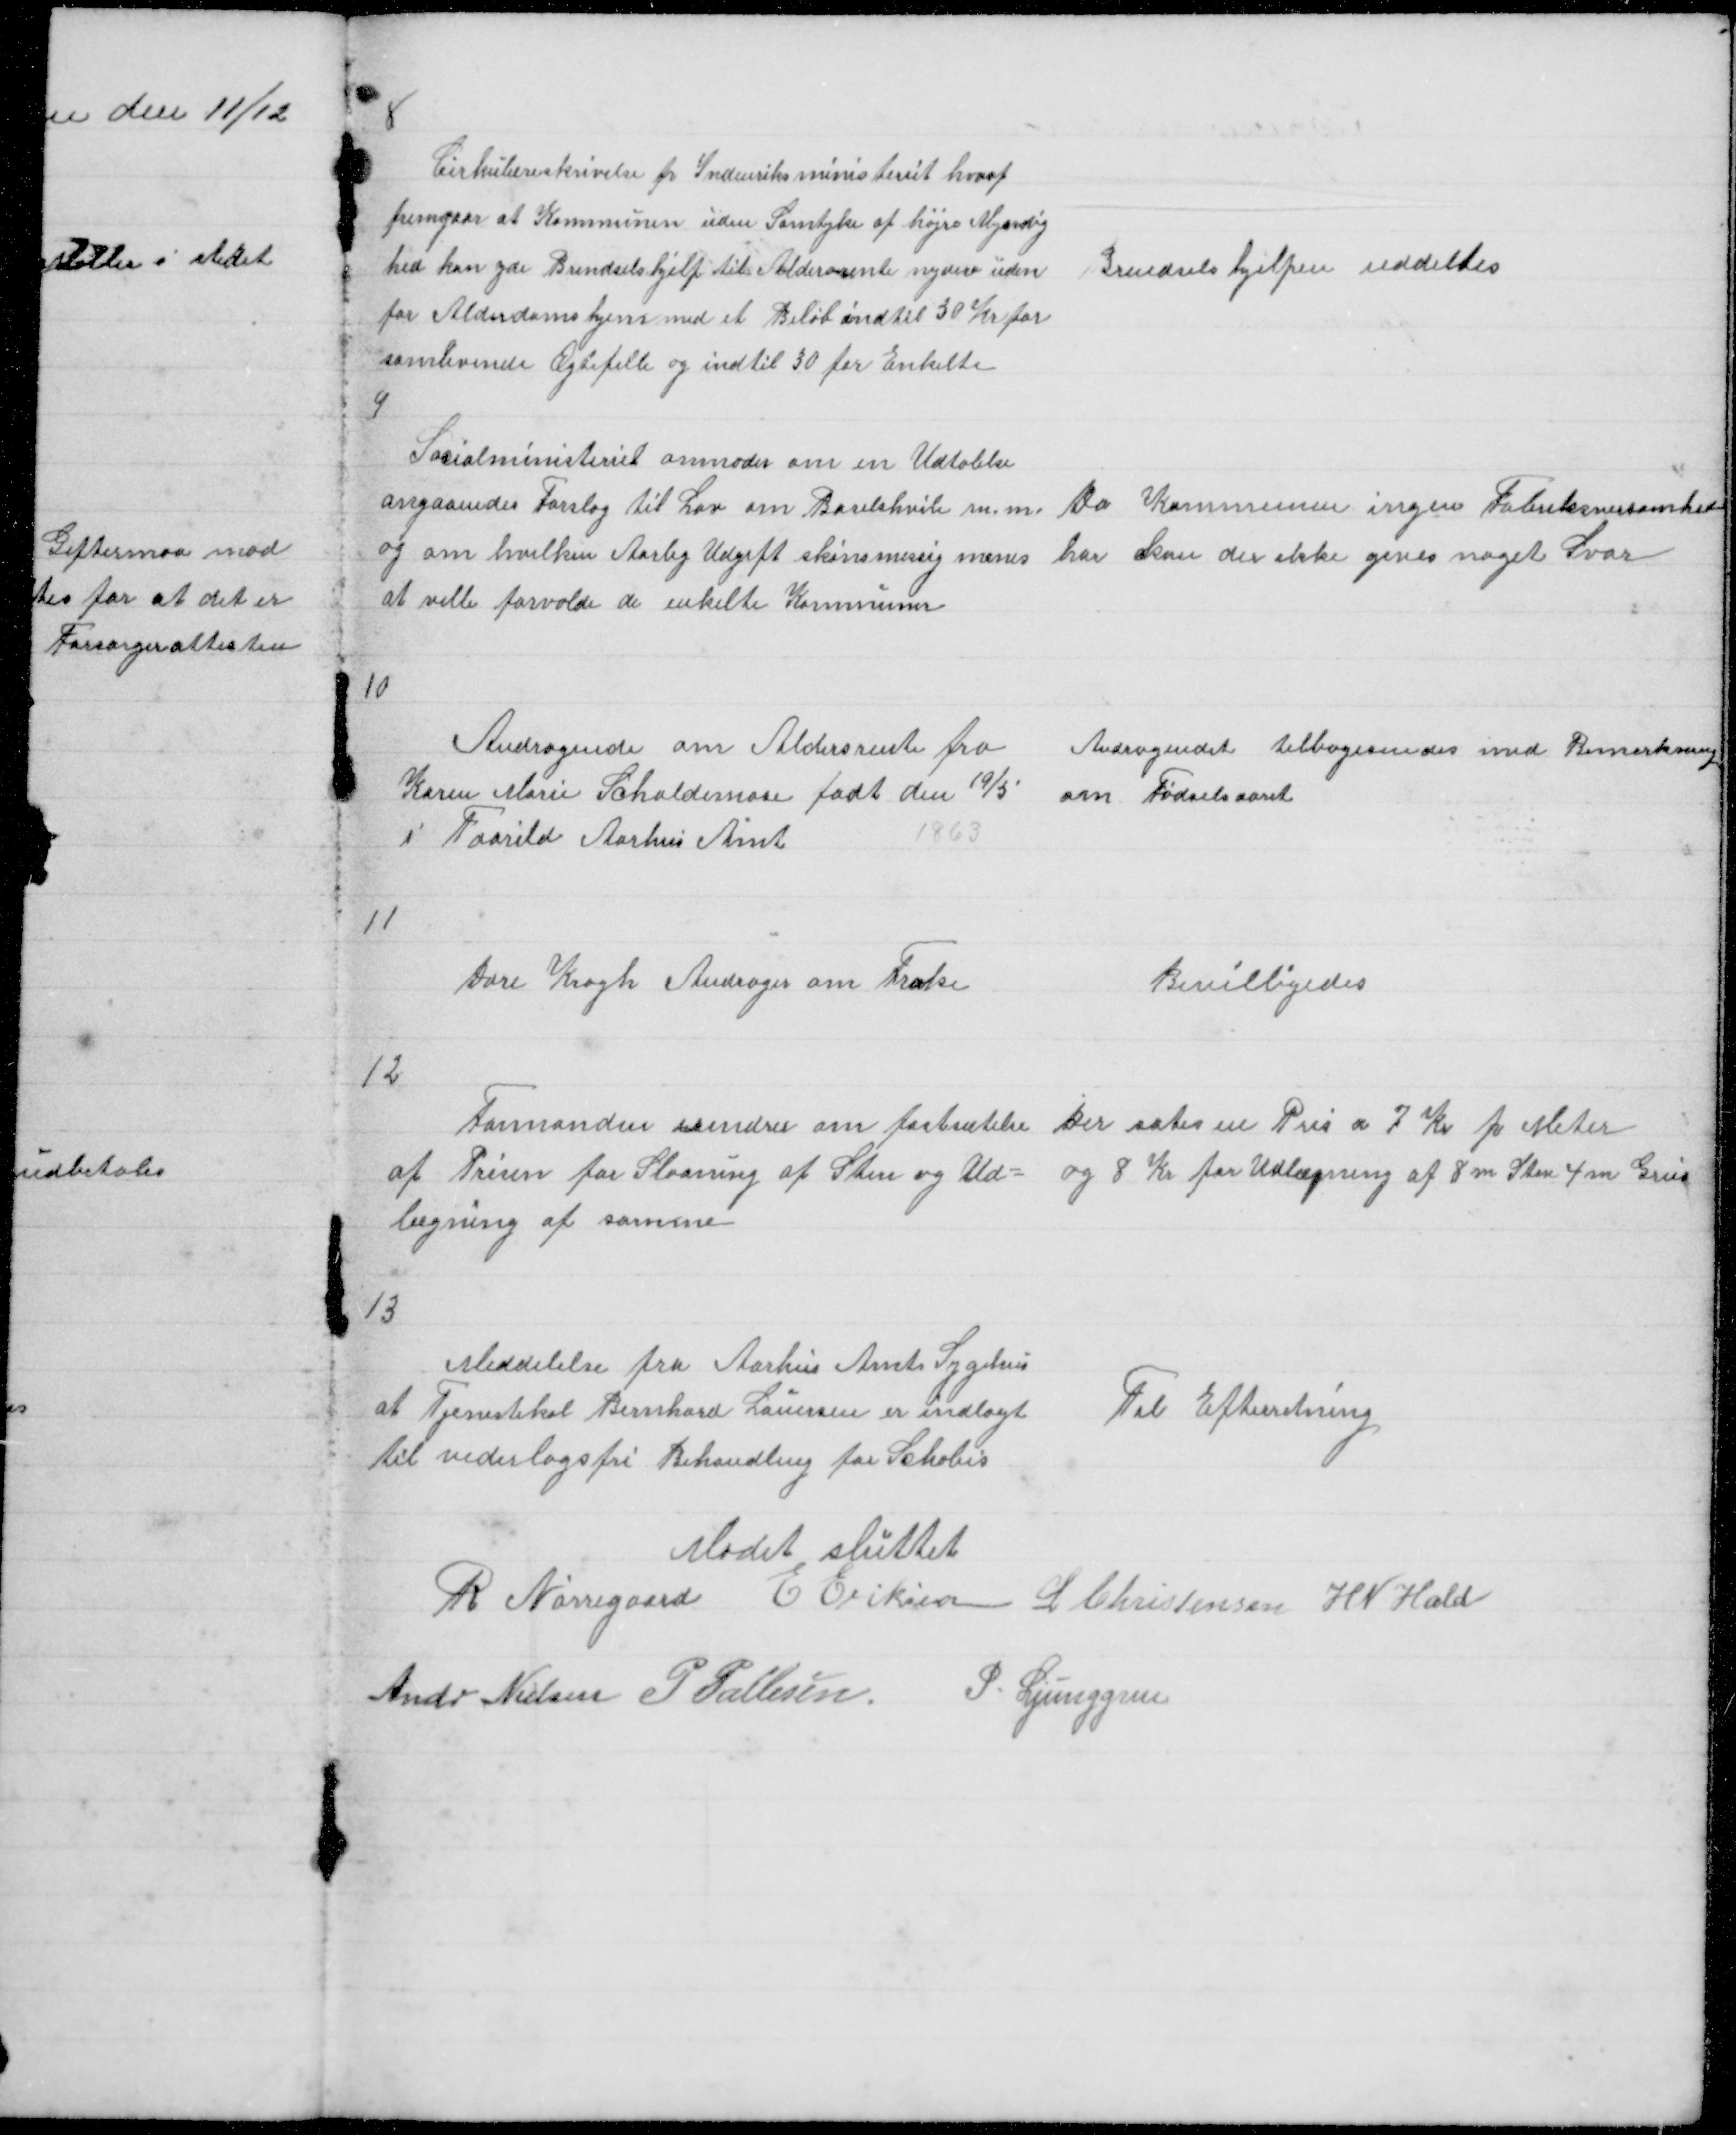
Transskription:
8

Cirkulæreskrivelse fr Indenriksministeriet hvoraf
fremgaar at Kommunen uden Samtyke af højre Myndig
hed kan yde Brendselshjelp til Aldersrente nydere uden
for Alderdomshjem med et Beløb indtil 30 Kr for
samlevende Ægtefelle og indtil 30 for Enkelte
9

Brendselshjelpen uddeltes

Socialministeriet anmoder om en Udtalelse
angaaendes Forslag til Lov om Barselshvile m. m.
og om hvilken Aarlig Udgift skønsmessig menes
at ville forvolde de enkelte Kommuner

Da Kommunen ingen Fabriksvirsomhed
har kan der ikke gives noget Svar

10

Andragende om Aldersrente fra
Karen Marie Schaldemose født den 19/5
i Torrild Aarhus Amt
1863

Andragendet tilbagesendes med Bemerkning
om Fødselsaaret

11

Dore Krogh Andrager om Frake

Bevilligedes

12
Formanden erindrer om Fastsætelse
af Prisen for Slaaning af Sten og Ud =
lægning af samme

Der sates en Pris a 7 Kr p Meter
og 8 Kr for Udlægning af 8 m Sten 4 m Grus

13

Meddelelse fra Aarhus Amts Sygehus
at Tjenestekarl Bernhard Laursen er indlagt
til vederlagsfri Behandling for Schabis

Til Efterretning

Mødet sluttet
R Nørregaard E Eriksen L Christensen H N Hald
Andr Nielsen P Pallesen P. Ljunggren